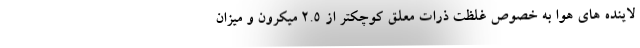
لاینده های هوا به خصوص غلظت ذرات معلق کوچکتر از ۲.۵ میکرون و میزان